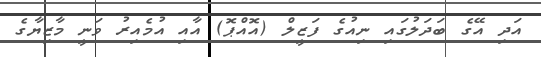
އަދި އޭގެ ބަދަލުގައި ނިއުގެ ފަޒީލް (އޮއްޕޮ) އާއި އުމެއިރު ވަނީ މާޒިޔާގެ